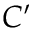
C ^ { \prime }